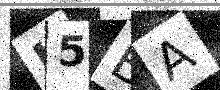
Text: H5BA